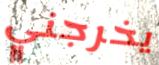
يخرجني